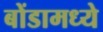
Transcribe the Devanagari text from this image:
बोंडामध्ये